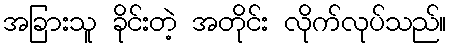
အခြားသူ ခိုင်းတဲ့ အတိုင်း လိုက်လုပ်သည်။